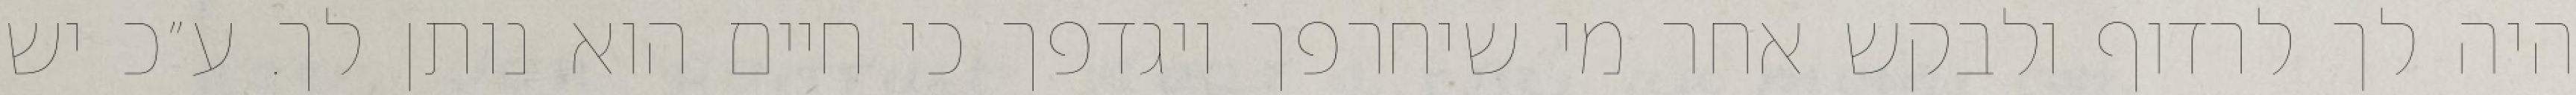
היה לך לרדוף ולבקש אחר מי שיחרפך ויגדפך כי חיים הוא נותן לך. ע״כ יש